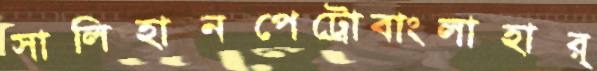
সালিহানপেট্রোবাংলাহার্